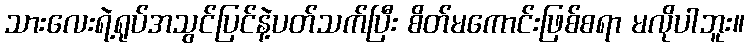
သားလေးရဲ့ရုပ်အသွင်ပြင်နဲ့ပတ်သက်ပြီး စိတ်မကောင်းဖြစ်စရာ မလိုပါဘူး။